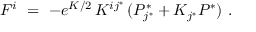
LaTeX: F ^ { i } \ = \ - e ^ { K / 2 } \, K ^ { i j ^ { * } } \, ( P _ { j ^ { * } } ^ { * } + K _ { j ^ { * } } P ^ { * } ) ~ .